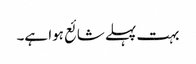
بہت پہلے شائع ہوا ہے۔